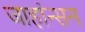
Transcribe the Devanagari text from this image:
जाहांन्सन